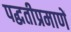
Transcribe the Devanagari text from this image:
पद्धतीप्रमाणें